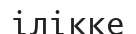
ілікке